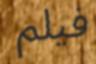
فيلم